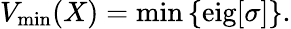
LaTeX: V_{\mathrm{min}}(X)=\mathrm{min}\left\{ \mathrm{eig}[\sigma]\right\} .